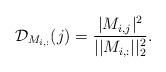
LaTeX: \begin{align*} \mathcal{D}_{M_{i,:}}(j) = \frac{|M_{i,j}|^2}{||M_{i,:}||^2_{2}}. \end{align*}